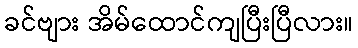
ခင်ဗျား အိမ်ထောင်ကျပြီးပြီလား။